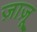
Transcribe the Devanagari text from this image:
ज़ाज़ू